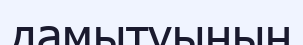
дамытуының